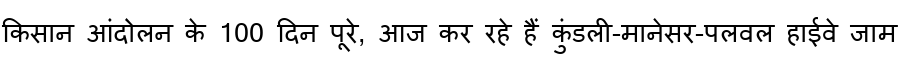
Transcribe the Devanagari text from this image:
किसान आंदोलन के 100 दिन पूरे, आज कर रहे हैं कुंडली-मानेसर-पलवल हाईवे जाम